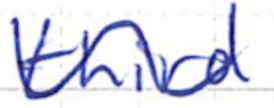
Text: third
Cross-out: wave
Writing tool: ballpoint